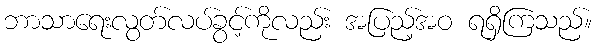
ဘာသာရေးလွတ်လပ်ခွင့်ကိုလည်း အပြည့်အဝ ရရှိကြသည်။